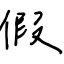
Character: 假